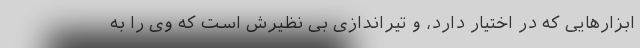
ابزارهایی که در اختیار دارد، و تیراندازی بی نظیرش است که وی را به